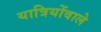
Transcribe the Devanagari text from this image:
यात्रियोंवाले